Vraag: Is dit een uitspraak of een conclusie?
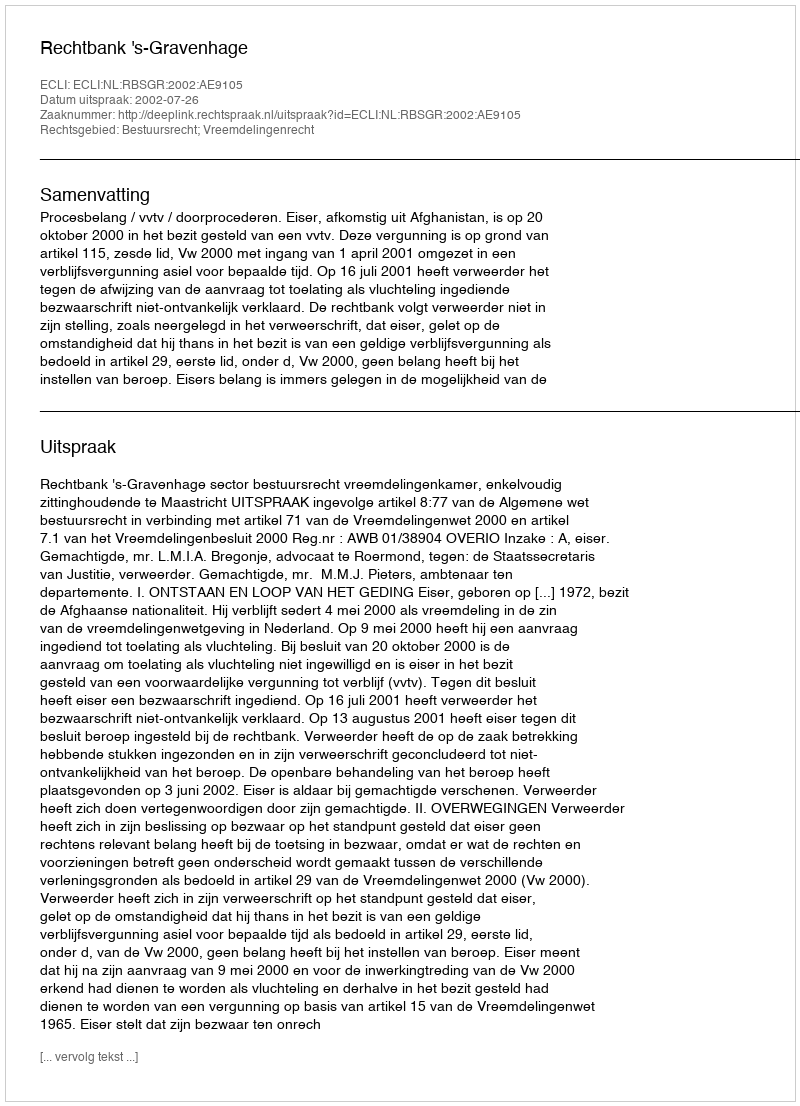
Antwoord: Uitspraak